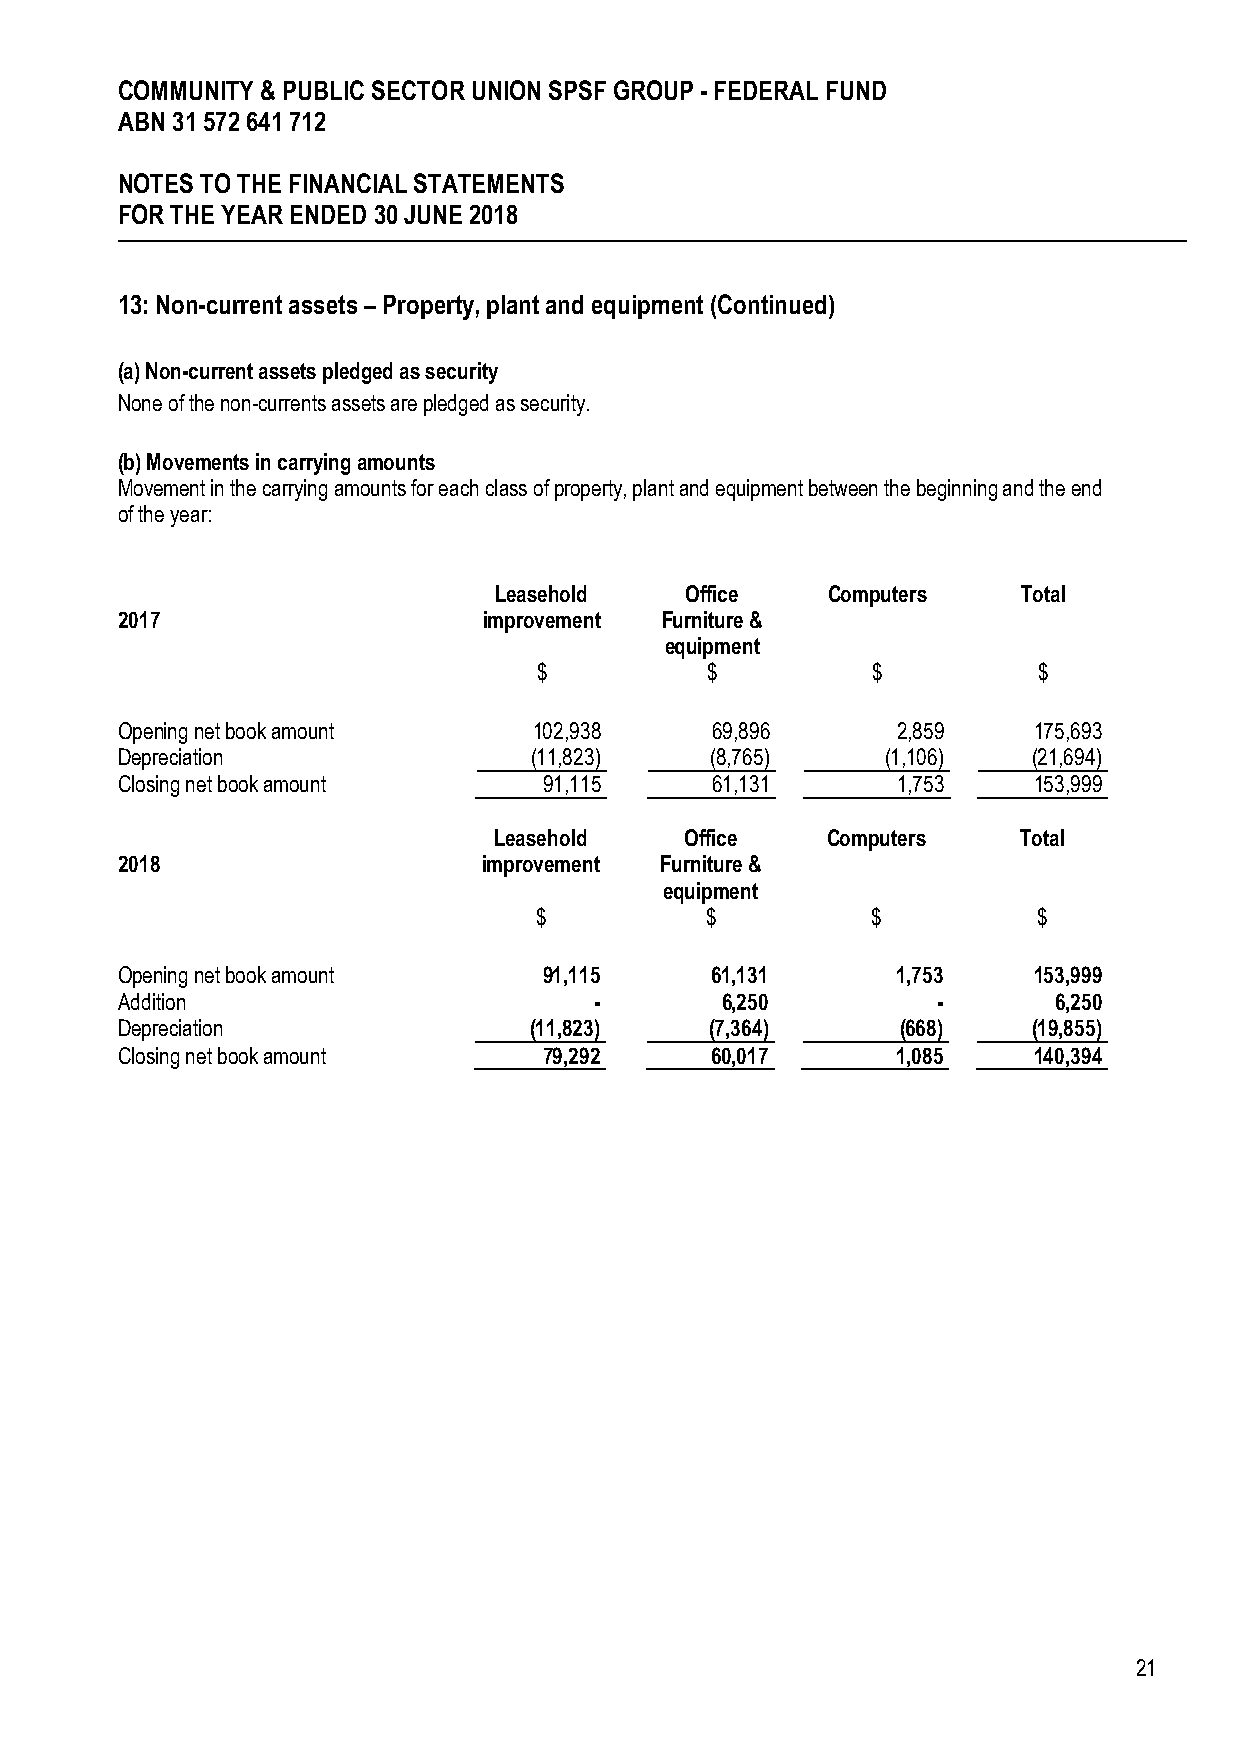
COMMUNITY & PUBLIC SECTOR UNION SPSF GROUP - FEDERAL FUND
 ABN 31 572 641 712
 NOTES TO THE FINANCIAL STATEMENTS
 FOR THE YEAR ENDED 30 JUNE 2018
 13: Non-current assets – Property, plant and equipment (Continued)
 (a) Non-current assets pledged as security
 None of the non-currents assets are pledged as security.
 (b) Movements in carrying amounts
 Movement in the carrying amounts for each class of property, plant and equipment between the beginning and the end
 of the year:
 Leasehold   Office    Computers    Total
 2017                    improvement Furniture &
 equipment
 $          $          $          $
 Opening net book amount    102,938     69,896      2,859    175,693
 Depreciation               (11,823)    (8,765)     (1,106)  (21,694)
 Closing net book amount     91,115     61,131      1,753    153,999
 Leasehold   Office    Computers    Total
 2018                    improvement Furniture &
 equipment
 $           $          $          $
 Opening net book amount     91,115     61,131      1,753    153,999
 Addition                       -        6,250         -       6,250
 Depreciation               (11,823)    (7,364)      (668)   (19,855)
 Closing net book amount     79,292     60,017      1,085    140,394
 21